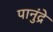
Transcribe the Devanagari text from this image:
पानुंद्रे